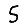
Digit: 5